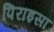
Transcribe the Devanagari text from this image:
पिराइसा